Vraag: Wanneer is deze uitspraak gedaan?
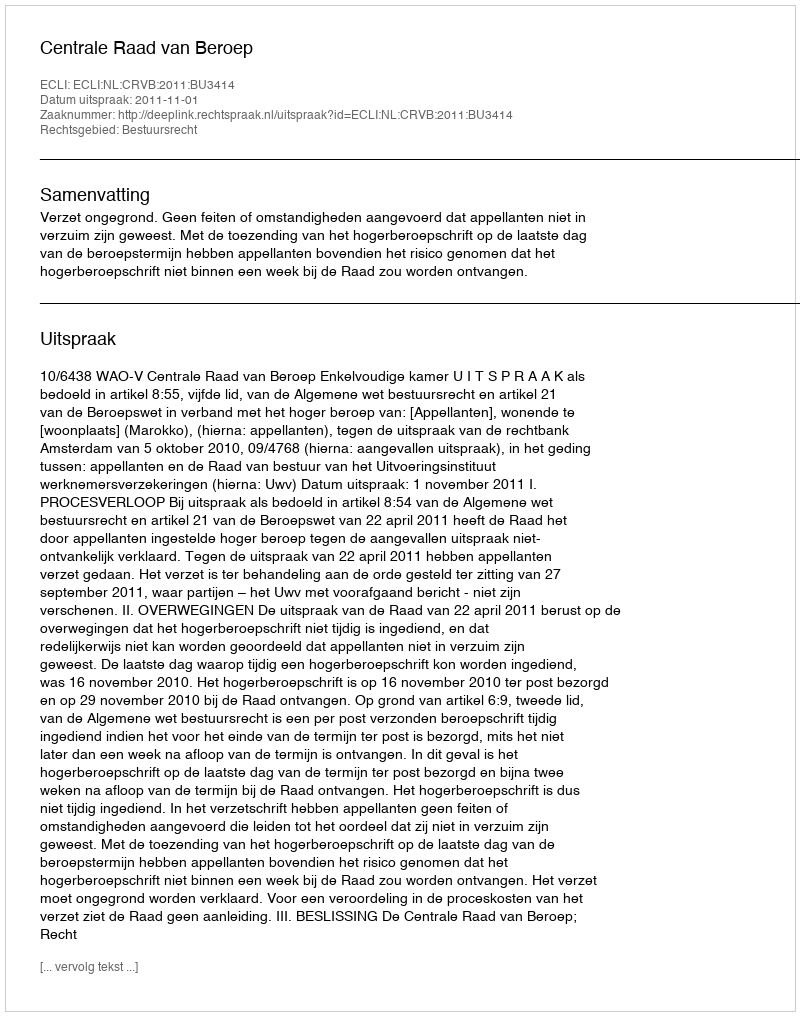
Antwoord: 2011-11-01